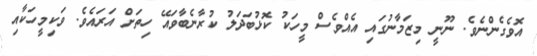
އޮވެގެންނެވެ. ނޫނީ މިޒަމާނުގައި އެއްވެސް މީހަކު ކޮޅުބަދަލު ކުރާނެބާވައޭ ހިތަށް އަރައެވެ. ވަކިމީހަކާއި